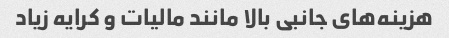
هزینه‌های جانبی بالا مانند مالیات و کرایه زیاد